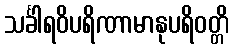
သင်္ခါရဝိပရိဏာမာနုပရိဝတ္တိ